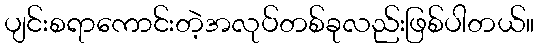
ပျင်းစရာကောင်းတဲ့အလုပ်တစ်ခုလည်းဖြစ်ပါတယ်။